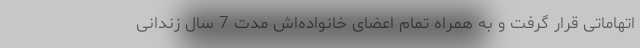
اتهاماتی قرار گرفت و به همراه تمام اعضای خانواده‌اش مدت 7 سال زندانی